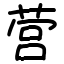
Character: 营